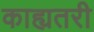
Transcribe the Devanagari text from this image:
काह्यतरी